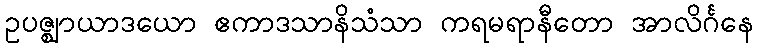
ဥပဇ္ဈာယာဒယော ဧကာဒသာနိသံသာ ကရမရာနီတော အာလိင်္ဂနေ